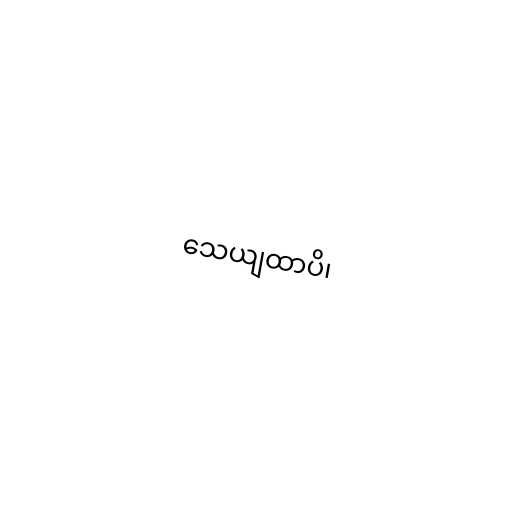
သေယျထာပိ၊